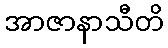
အာဇာနာသီတိ